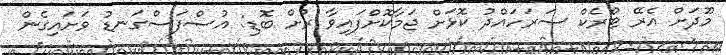
މޫދަށް އެރޭ ޓްރެކް ސަރަހައްދު ކޮޅަަށް ޖަމާކޮށްފައިވާ ރުށް ބޮޑި: އުސްފަސްގަނޑު ވަށައިގެން